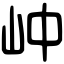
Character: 㞲